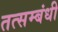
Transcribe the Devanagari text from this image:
तत्सम्बंधी